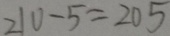
2 1 0 - 5 = 2 0 5